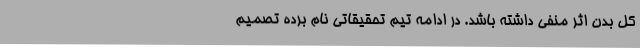
کل بدن اثر منفی داشته باشد. در ادامه تیم تحقیقاتی نام برده تصمیم